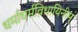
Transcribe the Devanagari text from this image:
धर्माधर्मविधायिनीम्